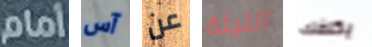
أمام آس عن الليلة يكلفك